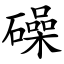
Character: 𥖨